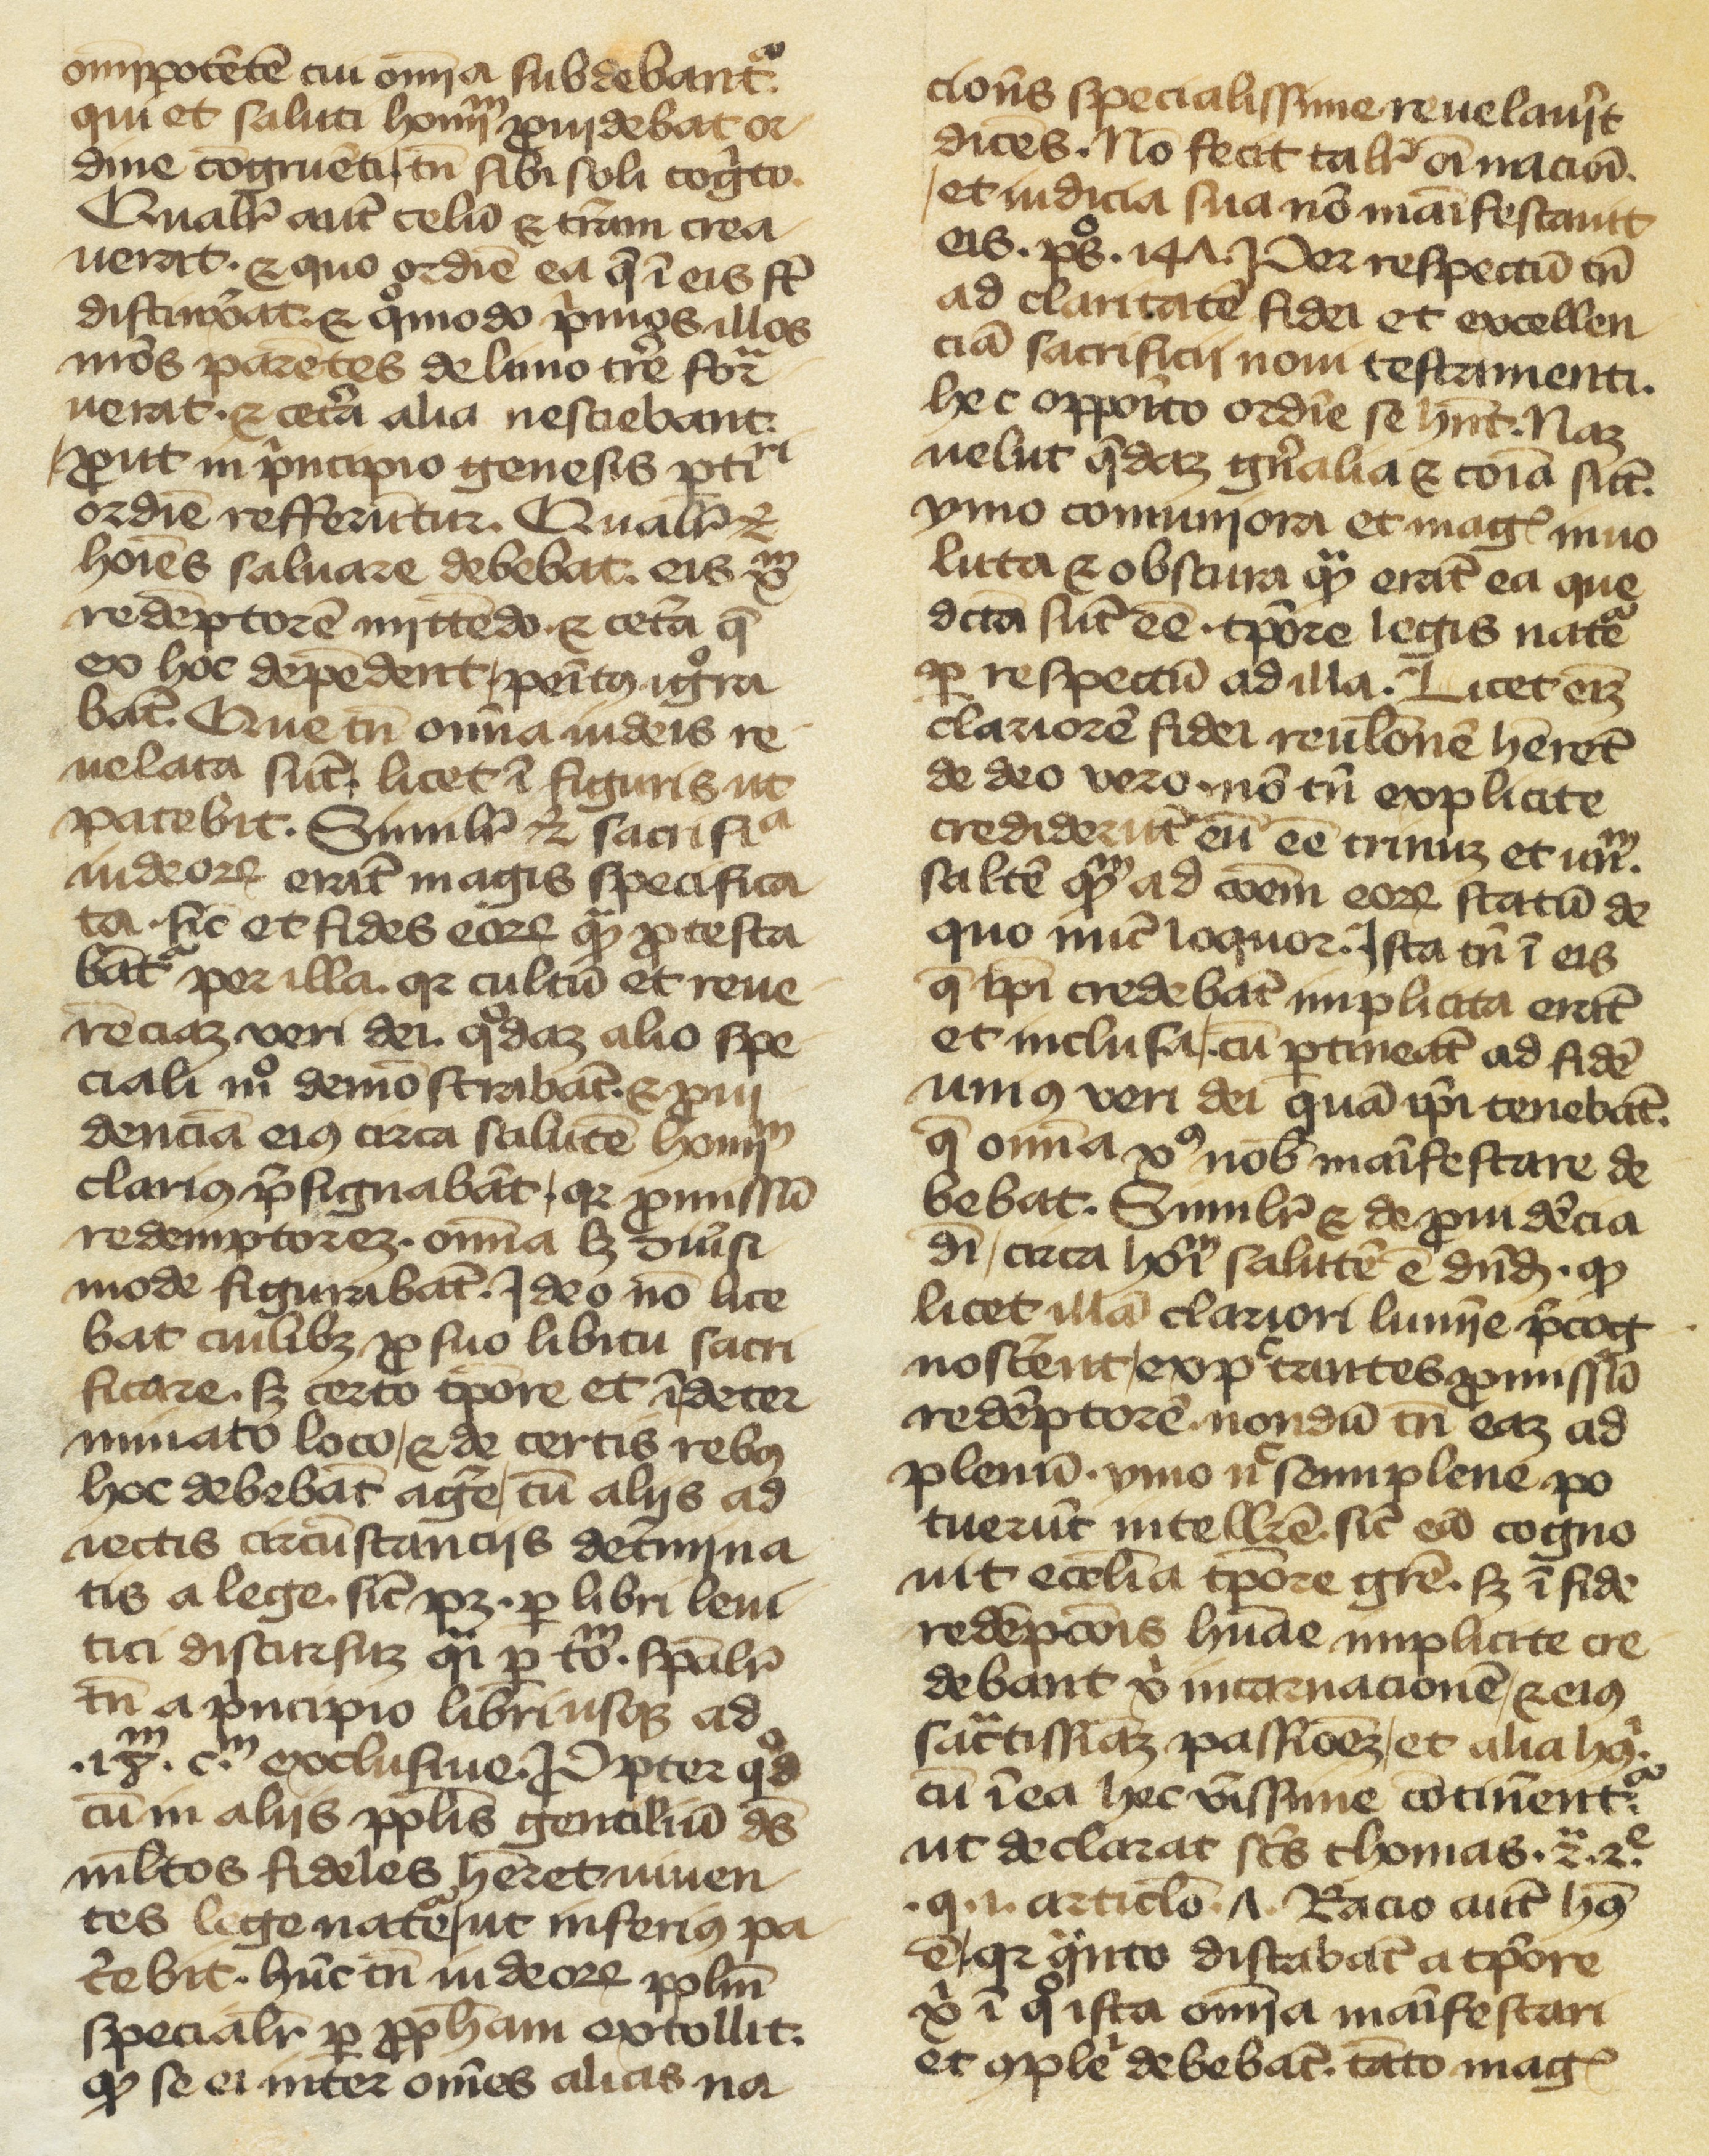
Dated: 1400–1499